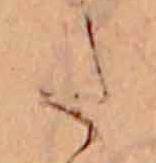
た